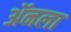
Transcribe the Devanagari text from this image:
ॲनला